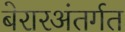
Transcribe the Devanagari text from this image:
बेरारअंतर्गत